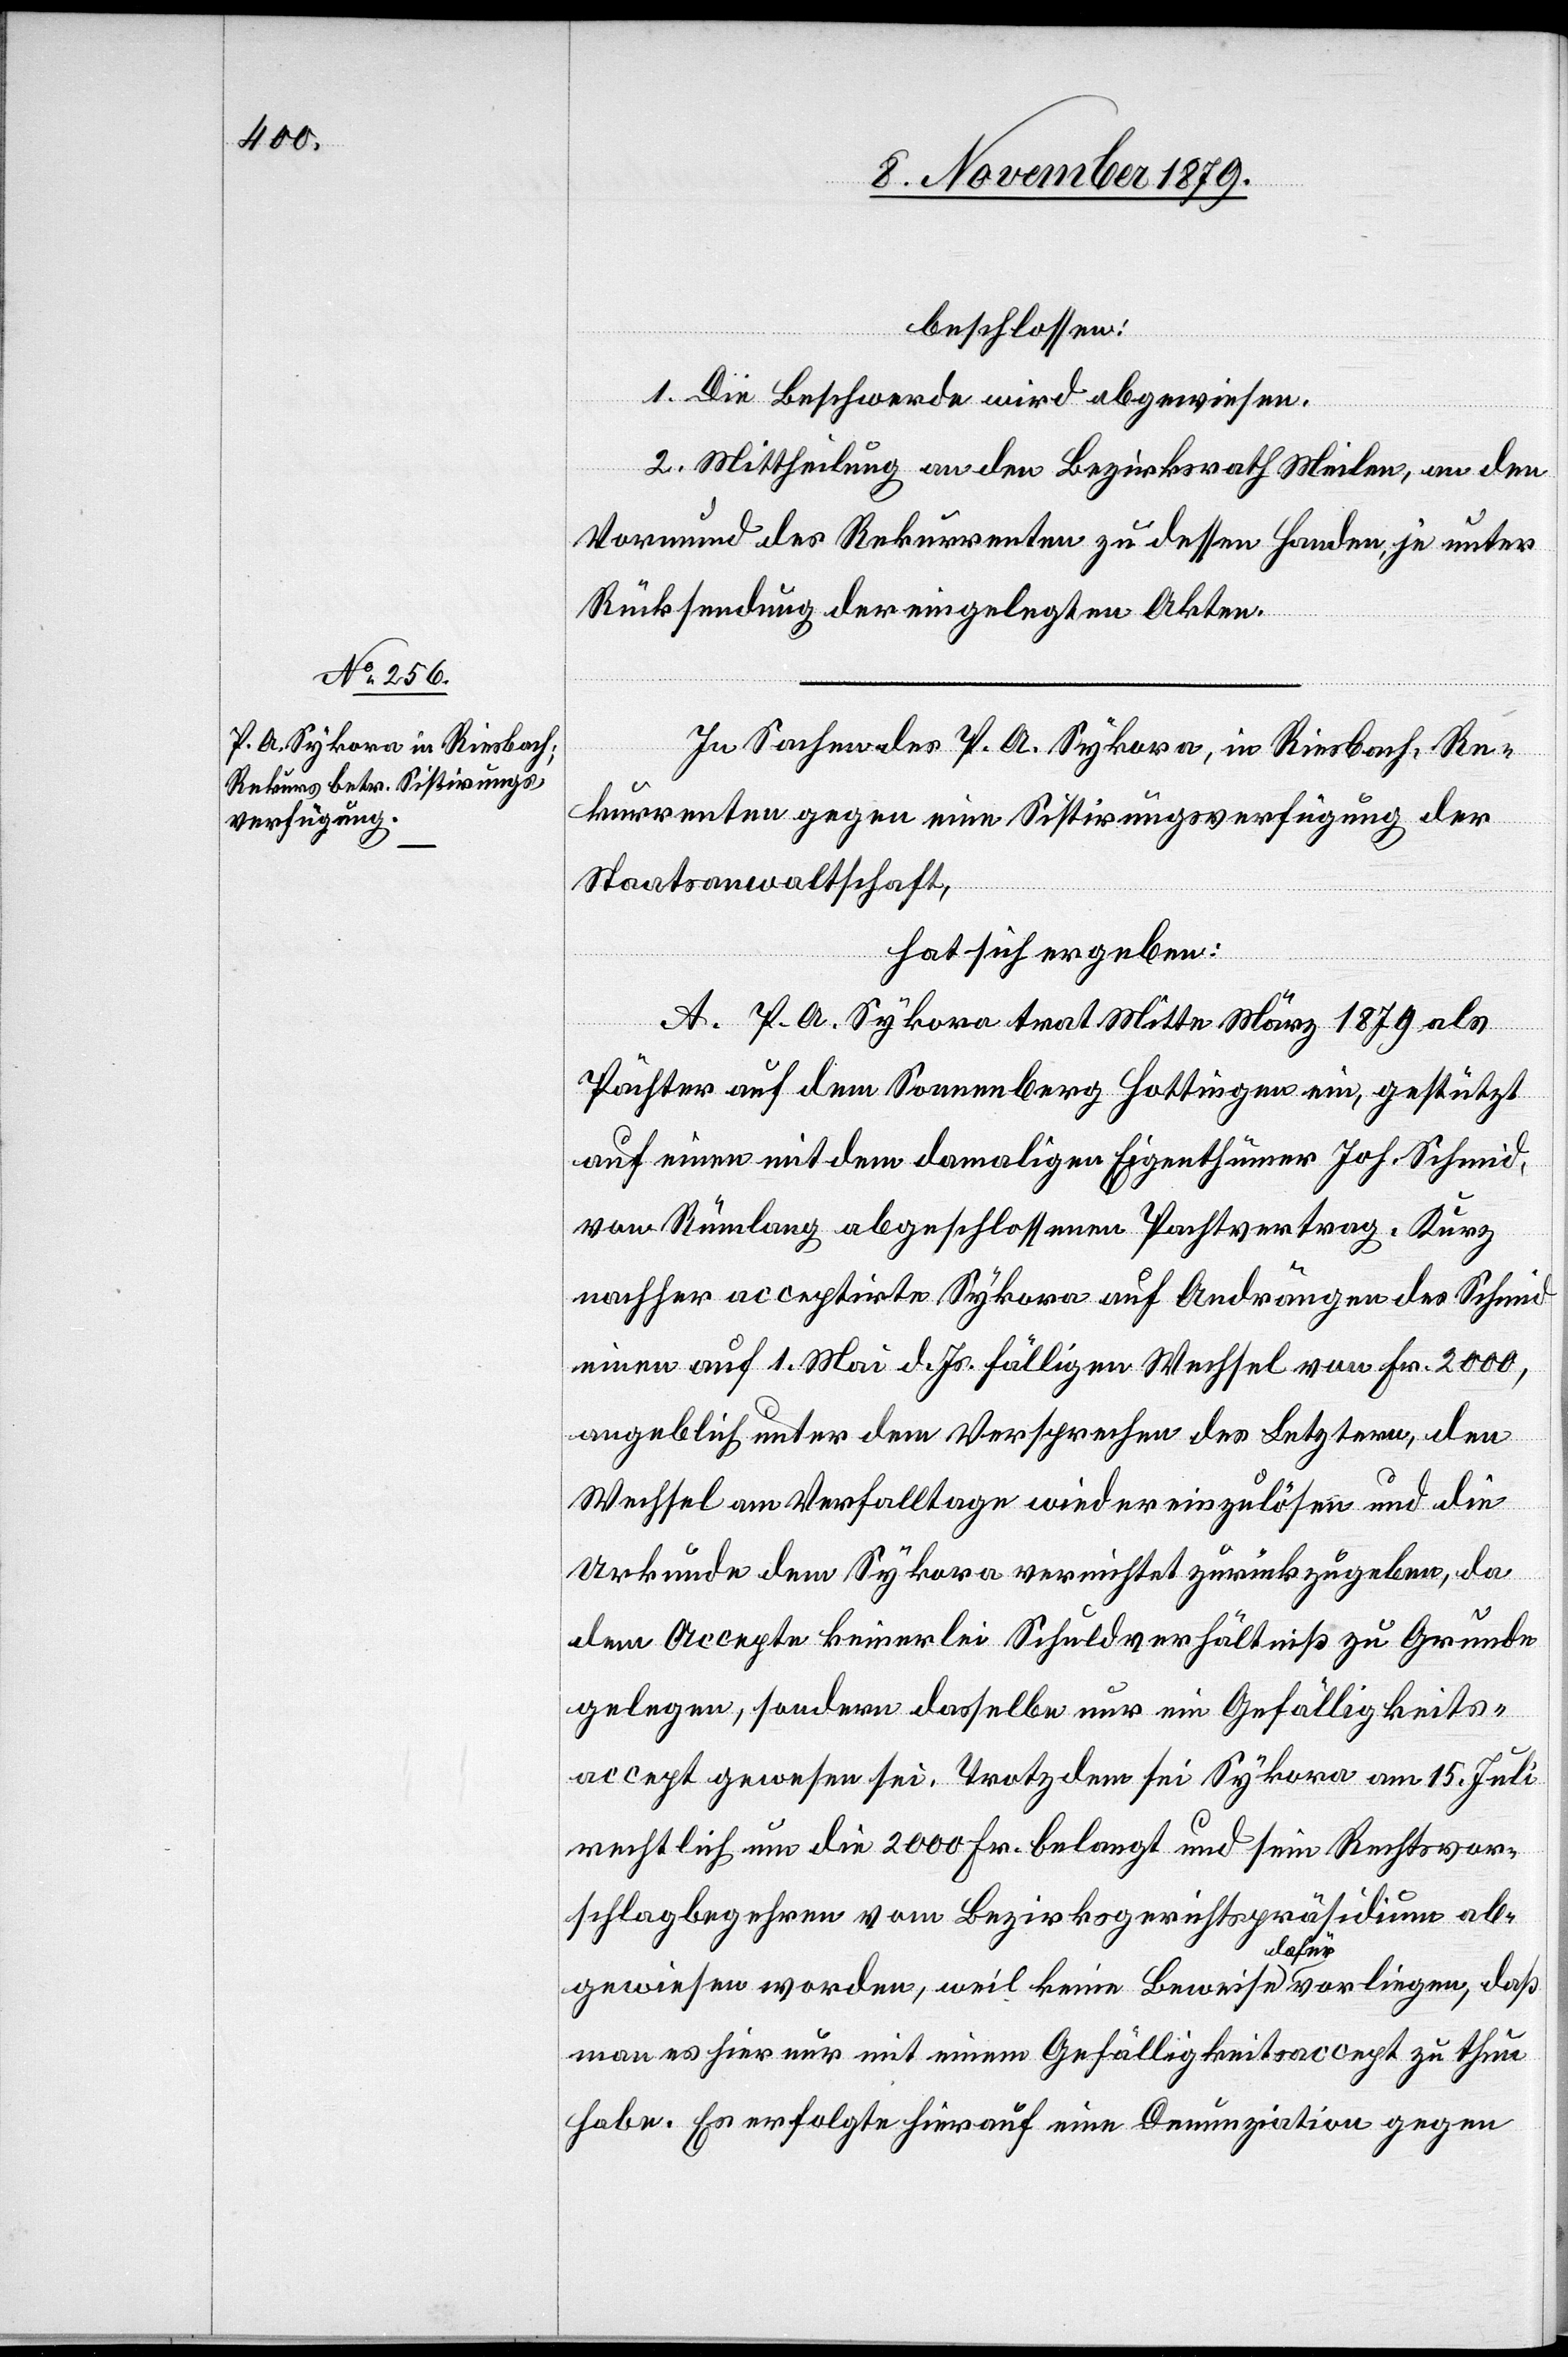
beschlossen:
1. Die Beschwerde wird abgewiesen.
2. Mittheilung an den Bezirksrath Meilen, an den
Vormund des Rekurrenten zu dessen Handen, je unter
Rücksendung der eingelegten Akten.
In Sachen des P. A. Sykora, in Riesbach, Re¬
kurrenten gegen eine Sistirungsverfügung der
Staatsanwaltschaft,
hat sich ergeben:
A. P. A. Sykora trat Mitte März 1879 als
Pächter auf dem Sonnenberg Hottingen ein, gestützt
auf einen mit dem damaligen Eigenthümer Joh. Schmid
von Rümlang abgeschlossenen Pachtvertrag. Kurz
nachher acceptirte Sykora auf Andrängen des Schmid
einen auf 1. Mai d. Js. fälligen Wechsel von Fr. 2000,
angeblich unter dem Versprechen des Letztern, den
Wechsel am Verfalltage wieder einzulösen und die
Urkunde dem Sykora vernichtet zurückzugeben, da
dem Accepte keinerlei Schuldverhältniß zu Grunde
gelegen, sondern dasselbe nur ein Gefälligkeits¬
accept gewesen sei. Trotzdem sei Sykora am 15. Juli
rechtlich um die 2000 Fr. belangt und sein Rechtvor¬
schlagbegehren vom Bezirksgerichtspräsidium ab¬
gewiesen worden, weil keine Beweise dafür vorliegen, das
man es hier nur mit einem Gefälligkeitsaccept zu thun
habe. Es erfolgte hierauf eine Denunziation gegen